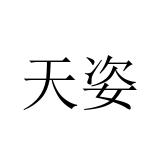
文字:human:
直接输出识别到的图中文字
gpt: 天姿